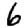
Digit: 6